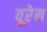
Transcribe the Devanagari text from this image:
वूरेन